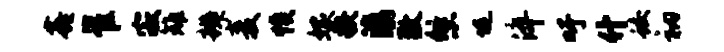
鑫崔寂雉辨麦愤嫁糗滇敷悠堤淬吁什蛟衲